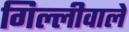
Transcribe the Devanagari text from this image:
गिल्लीवाले